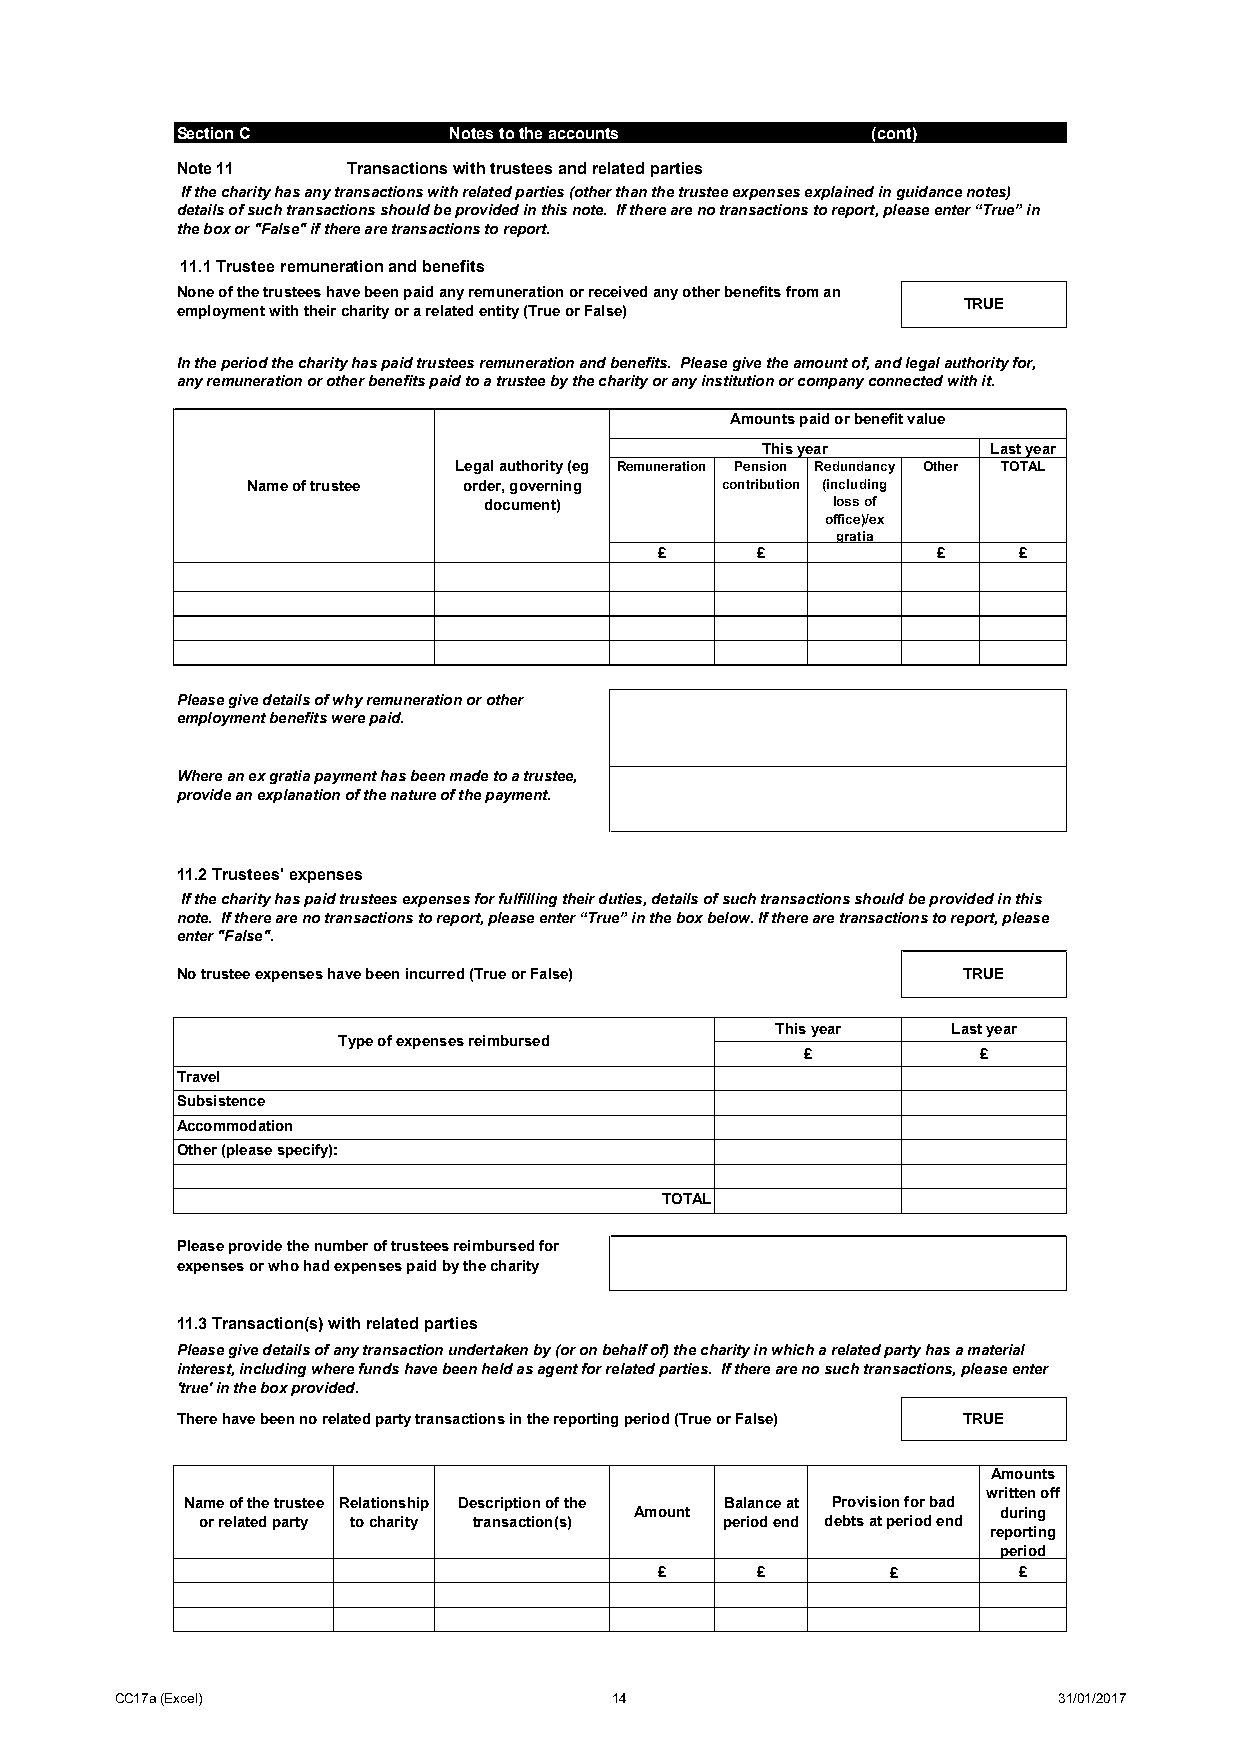
Section C         Notes to the accounts       (cont)
 Note 11    Transactions with trustees and related parties
 If the charity has any transactions with related parties (other than the trustee expenses explained in guidance notes)
 details of such transactions should be provided in this note. If there are no transactions to report, please enter “True” in
 the box or "False" if there are transactions to report.
 11.1 Trustee remuneration and benefits
 None of the trustees have been paid any remuneration or received any other benefits from an
 TRUE
 employment with their charity or a related entity (True or False)
 In the period the charity has paid trustees remuneration and benefits. Please give the amount of, and legal authority for,
 any remuneration or other benefits paid to a trustee by the charity or any institution or company connected with it.
 Amounts paid or benefit value
 This year       Last year
 Legal authority (eg Remuneration Pension Redundancy Other TOTAL
 Name of trustee order, governing contribution (including
 document)              loss of
 office)/ex
 gratia
 £     £           £    £
 Please give details of why remuneration or other
 employment benefits were paid.
 Where an ex gratia payment has been made to a trustee,
 provide an explanation of the nature of the payment.
 11.2 Trustees' expenses
 If the charity has paid trustees expenses for fulfilling their duties, details of such transactions should be provided in this
 note. If there are no transactions to report, please enter “True” in the box below. If there are transactions to report, please
 enter "False".
 No trustee expenses have been incurred (True or False) TRUE
 This year   Last year
 Type of expenses reimbursed
 £           £
 Travel
 Subsistence
 Accommodation
 Other (please specify):
 TOTAL
 Please provide the number of trustees reimbursed for
 expenses or who had expenses paid by the charity
 11.3 Transaction(s) with related parties
 Please give details of any transaction undertaken by (or on behalf of) the charity in which a related party has a material
 interest, including where funds have been held as agent for related parties. If there are no such transactions, please enter
 'true' in the box provided.
 There have been no related party transactions in the reporting period (True or False) TRUE
 Amounts
 written off
 Name of the trustee Relationship Description of the Balance at Provision for bad
 Amount                  during
 or related party to charity transaction(s) period end debts at period end
 reporting
 period
 £     £        £       £
 CC17a (Excel)                    14                           31/01/2017